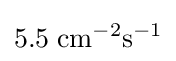
5.5\;\mathrm {cm} ^{-2}\mathrm {s} ^{-1}